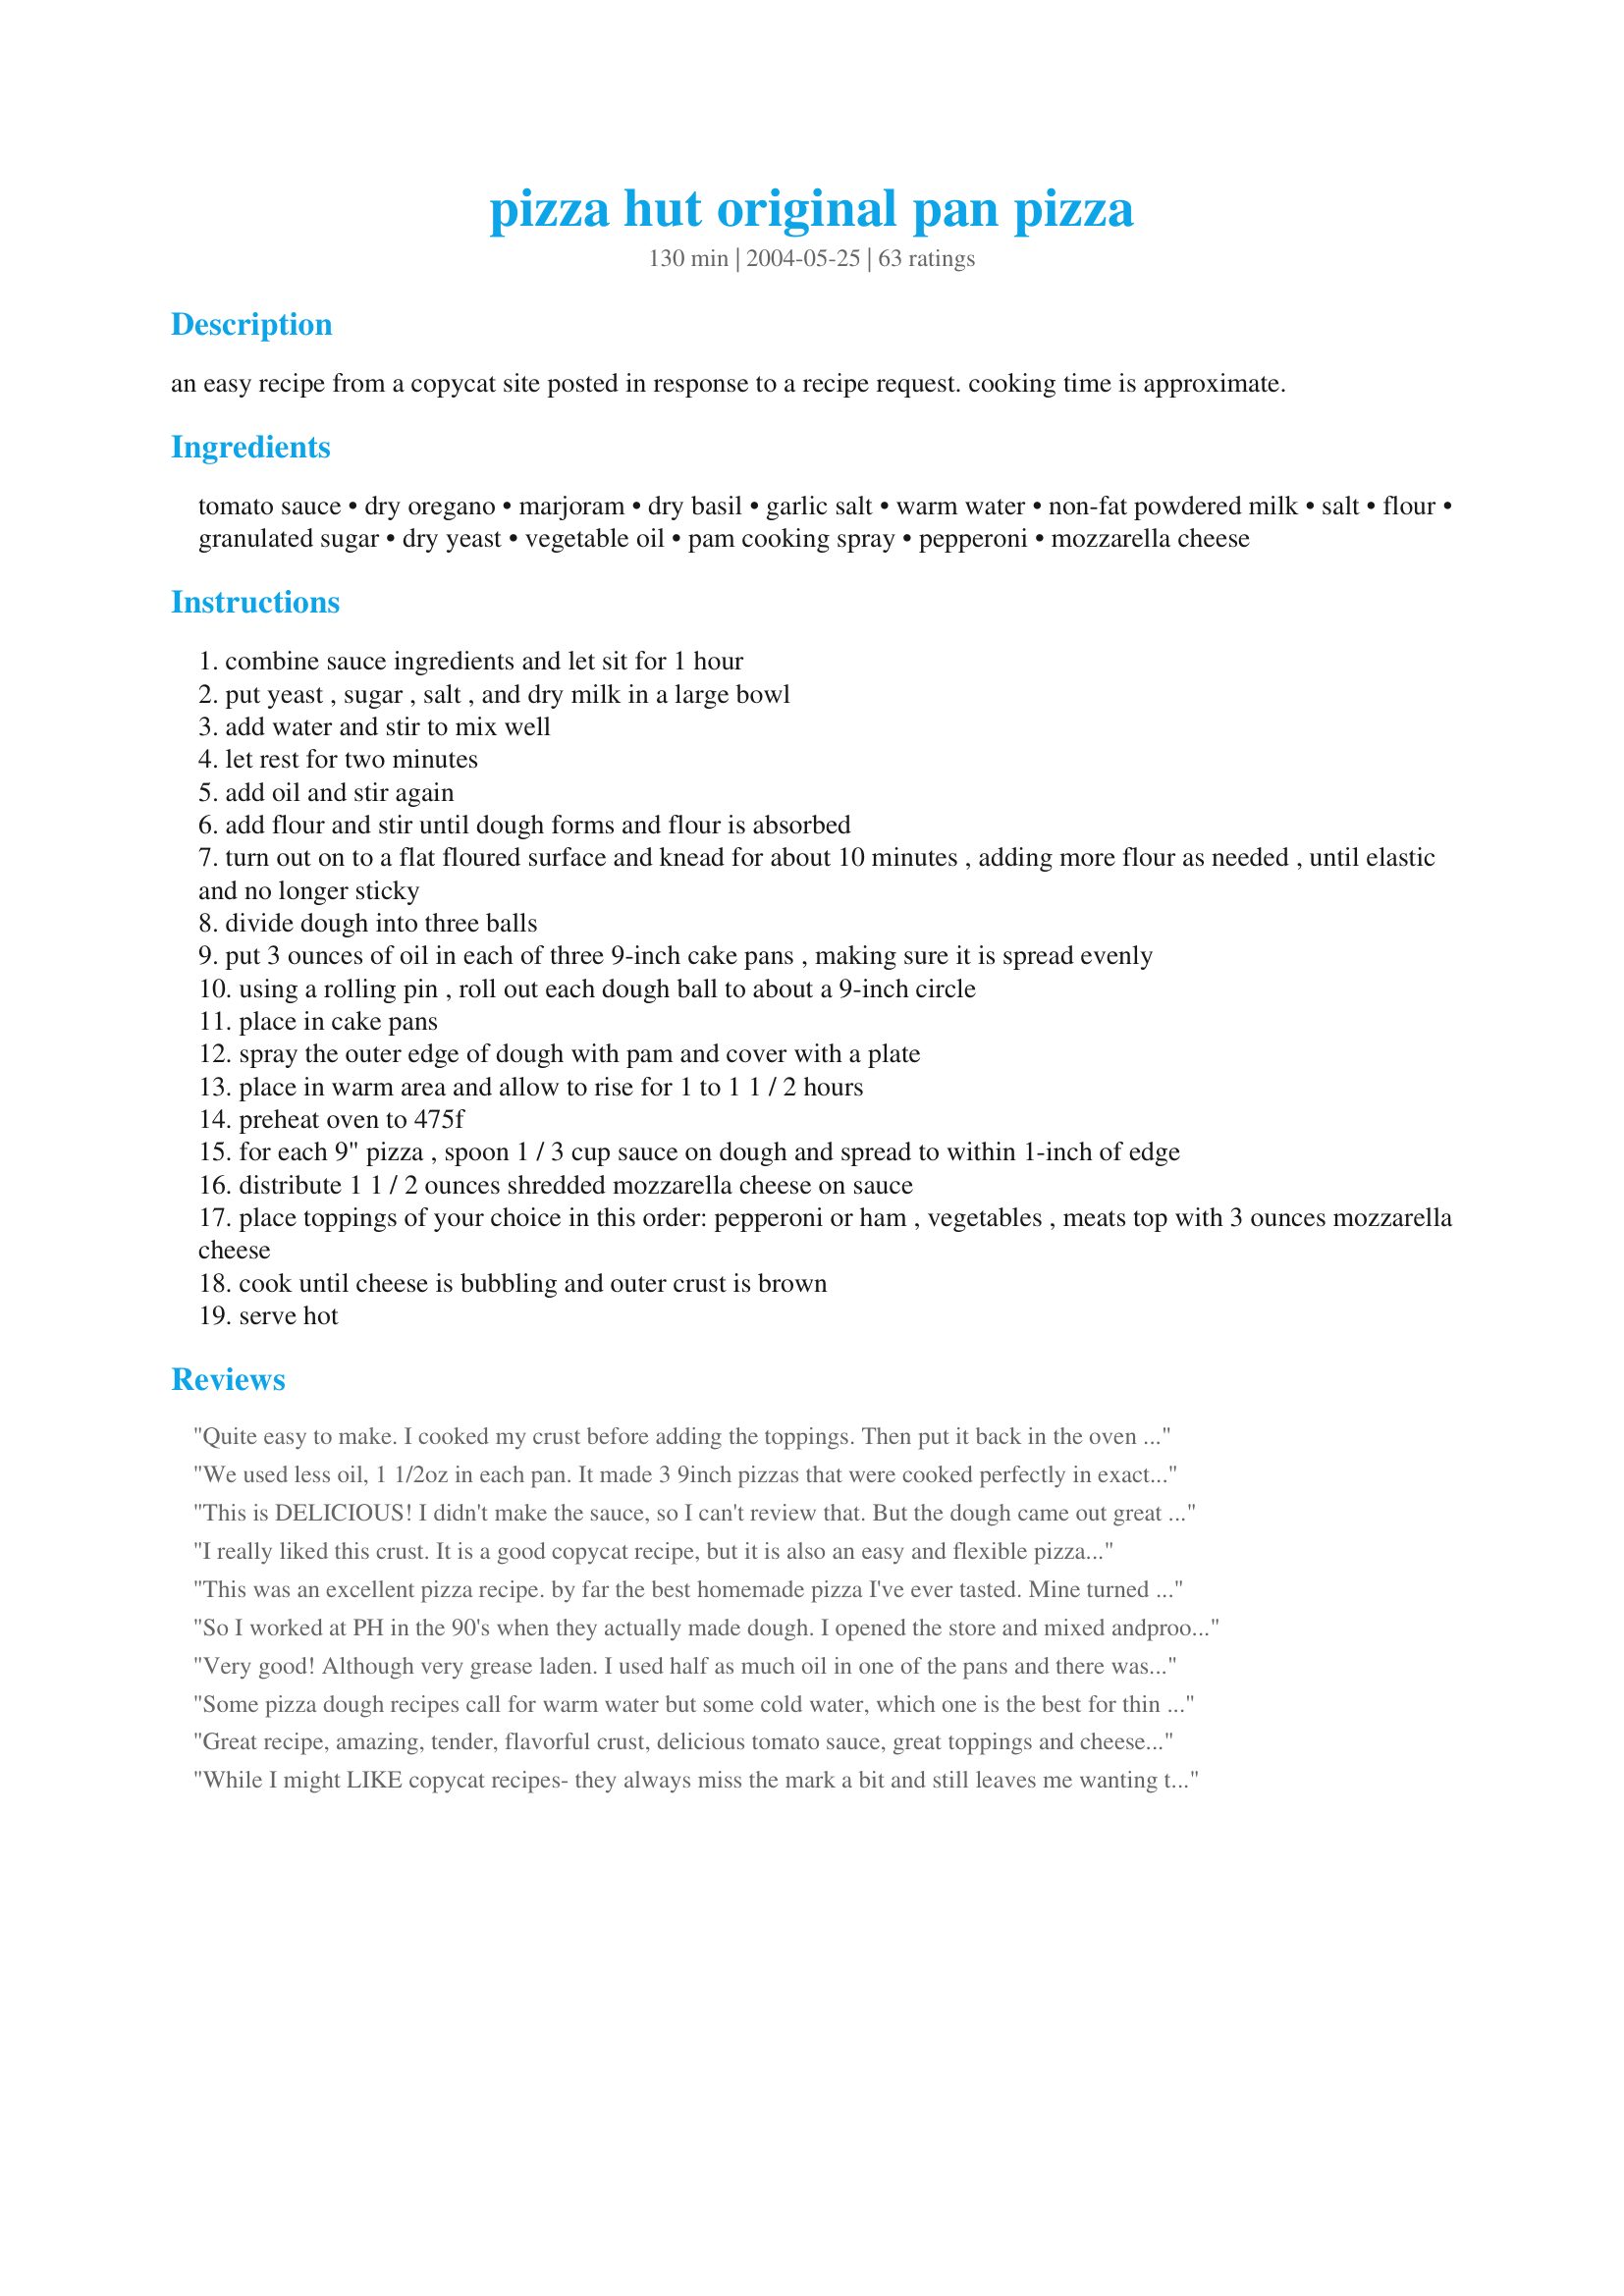
pizza hut original pan pizza
Preparation time: 130 minutes

an easy recipe from a copycat site posted in response to a recipe request. cooking time is approximate.

Ingredients:
tomato sauce, dry oregano, marjoram, dry basil, garlic salt, warm water, non-fat powdered milk, salt, flour, granulated sugar, dry yeast, vegetable oil, pam cooking spray, pepperoni, mozzarella cheese

Steps:
combine sauce ingredients and let sit for 1 hour
put yeast , sugar , salt , and dry milk in a large bowl
add water and stir to mix well
let rest for two minutes
add oil and stir again
add flour and stir until dough forms and flour is absorbed
turn out on to a flat floured surface and knead for about 10 minutes , adding more flour as needed , until elastic and no longer sticky
divide dough into three balls
put 3 ounces of oil in each of three 9-inch cake pans , making sure it is spread evenly
using a rolling pin , roll out each dough ball to about a 9-inch circle
place in cake pans
spray the outer edge of dough with pam and cover with a plate
place in warm area and allow to rise for 1 to 1 1 / 2 hours
preheat oven to 475f
for each 9" pizza , spoon 1 / 3 cup sauce on dough and spread to within 1-inch of edge
distribute 1 1 / 2 ounces shredded mozzarella cheese on sauce
place toppings of your choice in this order: pepperoni or ham , vegetables , meats top with 3 ounces mozzarella cheese
cook until cheese is bubbling and outer crust is brown
serve hot

Reviews:
Quite easy to make. I cooked my crust before adding the toppings. Then put it back in the oven long enough to melt to cheese.
We used less oil, 1 1/2oz in each pan. It made 3 9inch pizzas that were cooked perfectly in exactly the time stated. DELICIOUS!!
This is DELICIOUS! I didn't make the sauce, so I can't review that. But the dough came out great and tasted delicious! I didn't use as much oil to the grease the pans as recommended, but this was fabulous! I've been told this will be a regular at our house now! :)
I really liked this crust. It is a good copycat recipe, but it is also an easy and flexible pizza crust recipe. I got 6 thin crusted pizzas out of this, and the second time I made the recipe, I subs. half of the white flour with Whole wheat flour, and instead of using a cake pan, I used a 14" pizza pan. I baked the crust on it's own for about 5 minutes, and then put it back in for another 5 after I put the toppings on. It came out really good no matter which way I made it. I will continue using this recipe. The sauce came out well. I did reduce the amount of the spices the second time around. They were a little overpowering, but still good. Loved the crust.
This was an excellent pizza recipe. by far the best homemade pizza I've ever tasted. Mine turned out best when I used only 4 cups of flour and a thick bottomed 9 inch cake pan with about 2 oz of vegetable oil. If you let this overrise you get an undesirable yeasty taste. I let mine rise for about 20 minutes in an oven at about 110-120 degrees. My only complaint was that the flavor of pizza hut's pizza was missing somewhat but I didn't miss it too much. I also used a package of yeast that was labled 1/4 of an oz, and got perfect results. If your looking for a velvety soft deep dish crust encased in a crispy case with that addictive pizza hut crunch, this is the recipe for you.
So I worked at PH in the 90's when they actually made dough. I opened the store and mixed andproofed all the dough. I suspect it is all frozen today so to say it doesn't taste like PH hmm. This recipe will make 2 large PH pan pizzas. I bought a PH pan off of ebay. You need the oil - it is basically fried pizza dough. And there was a lot of oil in those pans. The trick is putting the pan in the right temp oven on the right rack for the right amount of time. I think any dough recipe works, just depends on hydration and weight. Nothing like the first personal pan pizza that came out of the oven for the day!
Very good! Although very grease laden. I used half as much oil in one of the pans and there was no noticeable difference so I don't think you need as much as this recipe specifies for the same affect. Excellent fresh but not as good reheated.
Some pizza dough recipes call for warm water but some cold water, which one is the best for thin pizza dough, and is there any special yeast for pizza?
Great recipe, amazing, tender, flavorful crust, delicious tomato sauce, great toppings and cheese. We really enjoyed this delicious recipe, it made a terrific pizza. Thank you for sharing a recipe we will make again. Made for Whats on the Menu Tag Game.
While I might LIKE copycat recipes- they always miss the mark a bit and still leaves me wanting the real thing. I had very little hope of coming close to Pizza Hut&#039;s pizza, but was determined to try since we&#039;re on a roll eating better. No more mystery ingredients or unhealthy oils welcome. &lt;br/&gt;WELL, we LOVE this recipe. Yes, if side by side with some real Pizza Hut you could pick it out- but this is 95% similar but WITHOUT the icky ingredients or the dying thirst after from way too much salt. Only the good stuff. That more than makes up for the 5% &quot;je ne sais quoi&quot; flavor that is missing. &lt;br/&gt;This is really good, and definitely good enough to NOT leave me craving take-out. &lt;br/&gt;Followed the recipe, using refined coconut oil for all oil, and used kamut flour (sometimes even part whole wheat kamut) although it didn&#039;t need quite the full amount. Took one reviewer&#039;s advice and warmed the oil for the pans on the stove with some minced garlic- a subtle but nice touch! Also sprinkle on some extra seasoning over the top of it all- same as the sauce spices. And for my air bake cake pans the dough was just too bit chewy/doughy inside- so I covered the pizza with foil for the first few minutes of baking, then removed to finish. That gave the crust just enough head start to not be doughy. &lt;br/&gt;Wish I&#039;d taken pictures- they were truly beautiful. I never would have though of the cake pans. I line them with foil and then the pizza&#039;s can be pulled right out of the pan for cutting. AND I don&#039;t have to wash dishes.
Thanks! This is a great crust for those who are all about a nice thick texture. I sprinkled a bit of garlic powder and kosher salt on the edge of the crust right after the Pam and it was great! I also made a big round pie from a single batch of dough just-on a stone with cornmeal and it was great! We like to dip the crust in honey so I substituted 1 cup of white for 3/4 of whole wheat and it was really good. I can't wait to make it for my son in the Marines!
Oh my gosh, thank you. Haven’t had Pizza Hut pan pizza for years due to having to eat gluten free or organic flour. Had to make myself stop eating this. Forgot to add the oil before the flour, so kneaded the oil in. It worked just fine. Also I used regular milk. Added it to the water and heated it together. Perfect recipe!
I used a 12-inch deep dish pizza pan. I used 1/3 cup of oil, perfect amount. I feel I added alittle too much sauce and toppings in the center because it didn't quite cook all the way thru. I added mozz. cheese, sausage, gr. peppers, onions, mushrooms and pepperoni (I was going for a supreme Pizza Hut pizza - didn't have any black olives). Very yummy and very easy to make. Next time, I will only use 1/2 of the dough instead of 2/3. Baked it for 10 minutes, then shut the oven off and let it sit in the oven for another 5-10 min.
what are some healthy ways to make ur pizza
This pizza dough was great! I like soft dough, so it worked out well for me, but it didn't crisp up like Pizza Hut pizza. I used a cast iron skillet instead of a 9 inch pie pan, so maybe that was it, but I didn't think it would make that big of a difference. I didn't make the sauce, but used some that my mom made this summer.
This is the best pizza recipe I have ever come across. I served this pizza and my family wanted to know the name of the new gourmet pizza place I got it from. I told them I made it and their jaws dropped open! :) Thank you to the person who posted this recipe! I used it along with a pizza sauce recipe on here.
I just made this and it was amazing! It was better than pizza hut! The dough was soft and fluffy. The sauce was a perfect compliment to the dough. I did cut down on the amount of oil that the recipe calls for in the pans. I used just enough to coat. I baked for 10 minutes and then turned off the oven and left the pizzas in for 5 minutes. My husband absolutely loved. He said "this is how you make pan pizza!"
This was a great pizza crust. Definitely the best one I've ever made, and I've been searching for a long time for one similar to Pizza Hut's pan pizza. I definitely didn't use the amount of oil stated though. I just poured in enough to grease the bottom of the pans. I wouldn't necessarily use the sauce recipe again, there was something in there I didn't care for too much (maybe the marjoram?). But the crust and the method worked great!!
I have been making dough for pizza and breads for over 30 years now. I decided to try this out just for something differant and this was the worst dough I have ever tried. I followed the recioe exactly and it did not come together at all. I added water a TBS at a time to try an get it to come together and it did after about a cup of water and then was hard and unyielding.Not a good dough at all.
This wasn&#039;t anything like pizza huts dough. It was thick, not light and crispy like pizza huts dough. That being said it was an ok crust. I will continue my search for the perfect pizza hut deep dish copy.
I made this pizza tonite because my family and I were having a hard days work, getting stuff out of the garage to the curb for junk day in our town. Wonderful! I skipped the msg. The only thing is that you probably need to bake it longer than 20 minutes unless you like the center doughy.
I've been searching for a pan pizza recipe that involves powdered milk. This one is incredible. Like some other readers, I made mine without so much oil in the pans and it came out great but not quite like a "Pizza Hut" pizza. The dough for this bakes up perfectly: soft, pillowy, tender, absolutely great. It's also very easy to make! This is the only deep-dish pizza recipe you need. This was the very first Zaar recipe I ever tried and I still use it often.
I&#039;ve made this recipe 8 or 10 times now, and it&#039;s fantastic! We think its better the Pizza Hut! I have never used powdered milk though--I always use 1 cup of warm water and a scant 1/2 cup of warm milk. I also use only 2 oz oil in the pans, and a pinch of sugar in the sauce. I lower my oven to 450 because my cake pans are dark/non-stick, and bake them for 11 minutes.
Yum! I didn't use the sauce recipe here, only the pizza dough. Will try the sauce some other time, though. This was really easy to put together and it was delicious! I made one large pizza instead of making three personal pizzas -- baked at 475* for about 16 minutes and it came out perfect. I followed the recipe exactly as directed except I didn't add the oil into the pan at the end... I just sprayed it down with butter-flavored non-stick spray and let it rise. Thanks for a fun, fast, easy pizza dough recipe!
I work at pizza hut in college made a lot of dough!
I'm new to doughs so mine turned out very good but not GREAT. I know with more practice, this will be a great pizza and I'm just gonna keep working at it!
Thanks for a new favorite!
I have been trying out various pizza dough recipes for years now unable to find the perfect texture and flavor I was looking for. I am so glad I came across this one. It is THE dough recipe I will use from now on. (I haven't made the sauce yet) I made a few slight changes. I heat the oil for the bottom of the pan with a clove of garlic on medium heat until the garlic "fizzes". Then I set it aside to come to room temperature and until the dough is ready to go in the pans. I also always let my yeast mixture sit for longer than stated, anywhere from 10-20 minutes, and I add the salt to the flour. <br/><br/>This dough seems to be very forgiving too. The first 2 times I made this I didn't have powdered milk so I substitued warmed milk for a portion of the water. The 3rd time (this evening), I completely forgot to add the oil to the dough. It came out really dry and I thought that I added too much flour. I ended up adding a few tablespoons of water to the dough until it felt "right". I remembered the oil when it was much too late but it still turned out GREAT! The kids even said that it was the best pizza I have ever made.<br/><br/>The type of pan really makes a difference too. I have an actual Pizza Hut pan that my mother let me have. (she got it from someone that use to work for Pizza Hut 20 years ago) It is a thick, dark deep dish type pan. The pizza omes out perfect. The crust comes out exactly like thiers. Soft on the inside with a thin layer of crispy golden crust. My airbake pizza pans don't come out as well, but they are still really good pizzas.
very good!!! a LOT of work, but if you are short on cash and can make this at home it would save you the $ to go to PH!
OMG!!! I will NEVER order pizza again. This recipe is perfect! Its incredible and sincere thanks to its creator.
it was ok but not the one i was expecting
We loved this recipe! I used RagÃº pizza sauce and just put enough oil on the bottoms of the pans to coat. We have decided to have a weekly pizza night and will definitely use this recipe!
It has been a long time since I have been so enthousiast about a recipe, and with a reason. This is one of the bestest pizza crust and pizza sauce I ever tasted. As many suggest: use less fat in the pan (a smal layer was good enough for making it goldbrown). I and my family enjoyed this so much. (I used the pizza hut deep pan barbecue topping) Thanks a lot!
I used this dough to make a calzone. I stretched the dough out on a greased cookie sheet and let it rise there. After filling it, I put it on a cookie sheet that had corn meal on it and slid it off the cookie sheet into the oven on top of a pizza stone. After it came out of the oven I brushed with oil. This was absolutely delicious! Best calzone I have ever had!
Holy oil Batman! But the real deal is very oily too.
If i use the same amount of ingredients, how many inches do i have to roll out for one large pizza?.
Thanks!
I didn't have dry milk so I added a little bit of soy milk. This produced a pretty good deep dish pizza.
The pizza tastes great! It had just the texture I was looking for- thick dough, crispy outside, soft and chewy inside. Since the recipe makes 3 pizzas, I made one following the directions for lunch. It was great! For the other 2, I followed the directions up to the rising. I covered the pans with foil and put them in the fridge. I pulled them both out about 1 1/2 hours before dinner to let them rise. I baked one for dinner- still great! I parbaked one without sauce or anything for 5 minutes, let it cool, topped it, wrapped it, and froze it. I'll update my review when we eat that one. Oh, I left out the marjoram from the sauce and sprinkled the crust with garlice podwer like how other reviewers suggested. Molly53 thank you so much for sharing the recipe and for your help with refrigerating and freezing the dough, too!
Wonderful recipe! The crust baked up so thick and perfect - all in about 6 minutes! I absolutely loved it, and the sauce smelled and tasted JUST LIKE PIZZA HUT'S! I was so excited when I mixed it all together and that wonderful aroma drifted out. Three perfect, beautiful pizzas - thank you sooo much for submitting.
I have never, and I mean NEVER made any kind of bread, crust, anything from scratch. This recipe was so easy to follow even for a beginner like me... and my pizza crust came out deliciously perfect! I used Fleischmanns Pizza Crust yeast (I got 3 packs for $2.69, so I get to make two more batches of dough) so I didn't have to wait for it to rise and I used a little less oil in the pans. The crust was thick and fluffy and not nearly as oily as Pizza Hut's crust - which my family LOVED! I am more than impressed with this recipe and can't wait to make more!
This is the first time I did pizza and it was great! I didn't use the powdered milk or the amount of oil and the crust was really good. For the sauce I used Ragu pizza sauce and added green peppers and onion. Excellent!
SO much like pan pizza!! My kids love it and I even make the sauce recipe now just to dip breadsticks into.
how do u get these pizza hut stuff!!!
I'm a thin-crust gal myself, but this got raves from the pan pizza fans in my house. I have to say, if I were going to eat a pizza with a lot of crust, this would be the one. It crisped really nicely on the bottom, but not so much on the sides. Maybe next time I'll brush some oil directly on the sides of the crust, as well as on the pan. The family says they don't care, though--they loved it just the way it was. Thanks for posting!
This recipe makes a great pan pizza! I do have to say tasting the crust by itself, it is very similar to the taste of pizza huts. I didnt make the pizza sauce recipe. I only put about 1 1/2 - 2 oz. of oil into the bottom of the pans and it was perfect. At 475, I put them on the bottom oven rack and they are done in aprox. 10 - 12 minutes with a nice brown and crunchy crust! I couldnt believe how crispy the crust came out each time but was still soft and fluffy in the middle. I didnt make the whole 3 pizzas at once since theres just two of us. I made one the first night and put the dough in the fridge to make the other two a couple days later. The last two still came out as perfect as the first. Great recipe! I will always use this when I'm craving pan pizza!
The recipe is very good. I didn't try the sauce recipe as I use ready made can form. There is no need to have so much oil in the pan. Just thinly brush will do.
I had been looking for my recipe I lost and I think this is pretty close, if not better then the one I used to use. I let it rise then roll out to fit a large round cake pan. 12 inch pans. I am able to make two nice pizzas using these pans I just lay a cookie sheet over them and let them rise with oven light on in oven. I also sometimes stuff the crust with cheesesticks cut in half and push into the crust. (I loved it because I am a sucker for stuffed crust pizza)
This is a keeper!! Family pizza night fav. here :)
I'm wondering if I did something wrong or if I have a more sensitive palette than the other reviewers because I grew up on pizza hut, and it's my favorite chain pizza. The dough rose nicely, I used fresh ingredients and followed the instructions but that was not Pizza Hut pizza, if it wasn't for the toppings you wouldn't even know that was the goal.
This is the BEST pizza dough recipe. The crust is crispy on the bottom and edges but chewy inside. It's easy...hasn't failed yet and I've made it five or six times. Like others, I used just enough oil in the pans to coat them...not as much as the recipe calls for.
Excellent recipe! Looks and tastes like Pizza Hut pan pizza. Thanks for sharing, Molly53.
Did Not turn out like pizzahut pan pizza. Dough recipe needs more salt. Not bad, though, just turned out like any other regular pizza :(
We thought this was good pizza.
My family and I love this recipe... we use it everytime minus the milk powder... highly recommended to all who are in search of an amazing recipe...
We loved this recipe! The sauce was good, I thought it had just the right amount of spices. We put 2oz oil on bottom of pans instead of 3..but I wouldn't put less than that, it really makes the crust a nice golden brown on bottom. We put one teaspoon of yeast. Pizza's were done in 10 min...but my oven tends to cook fast. I actually thought this was better than Pizza Hut. Thanks for posting!
Absolutely delicious! My husband actually commented on how much he liked it. That means a lot coming from an Irish family that ate the same thing almost every day. So, he doesn't comment much about meals. He did this time! :-) <br/>I didn't have powdered milk so I used coffee creamer. The 2nd time I made the recipe this week I was in a rush and accidentally doubled the sugar, salt and creamer. It was even tastier! It think I'll repeat that next time. Thanks for posting this recipe!
Not *just* like pizza hut but very good pan pizza dough so giving 5 stars! I replaced a half cup of the 1 1/3 cup water for milk cause I was not about to pay what they want for powdered milk at the grocery store. Thanks for the recipe! :)
Rolling it out first was such a great technique that really made it great. I used 1/2 white and 1/2 wheat flour. I also cooked this on a pizza stone. It came out so good and was a great surprise for my husband.
This was exactly what we were looking for. This crust is excellent. I made it exactly like the recipe calls for. Perfection.
 I will roll my dough a bit larger than the pans I used(3 layer pans). And this is so the crust more or less seals the oil under the crust. Mine fit just right in the pan and that let the oil leak to the top of the crust. I had to dob it off with paper towel. It does sound like alot of oil, but you need it to get the end result. Crispy, light and tender crust.
 Thanks!
 AND the sauce was great also.
The dough wasn't too bad, but not really like Pizza Hut's. Of course I live at high altitude and that might have affected it. The sauce is too salty!
This may taste good, but I used to work for the Hut and they use in addition to tomato sauce, whole tomatoes run through a mill.
This was a good crust recipe, though we didn't think it tasted like pizza hut's. It went together easily and was a easy dough to work with. We enjoyed our pizza and movie night!
Not sure it tastes like Pizza Hut's, but who cares? This is great!
This is wonderful we now make it every Friday night. We do use less oil in our pans. Thank you.
I love this recipe. Been using these recipe for 3 times already. Decided to sign in to genius kitchen as I was falling in love with this website. The sauce recipe very simple but delicious. However, the sauce up to you guys. I just use tomato sauce + garlic salt :) =&gt; I able to double the portion by times two all the ingredients (6 pizza dough balls) Able to use high protein and All purpose flour in my experience. I use cold water (From my research, we use cold/hot/warm water opposite to our climate; ie: cold water for hot climate and vice versa)
